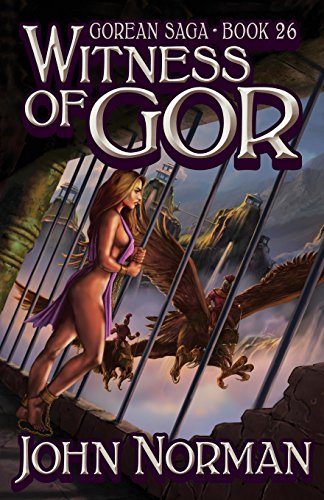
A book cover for Witness of Gor (Gorean Saga); John Norman; Romance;